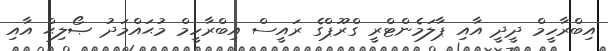
އިބްރާހީމް ދީދީ އާއި ޕާލަމެންޓްރީ ގްރޫޕްގެ ރައީސް އިބްރާހީމް މުޙައްމަދު ޞޯލިޙް އާއި